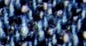
بوجودها